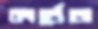
কার্থেজ